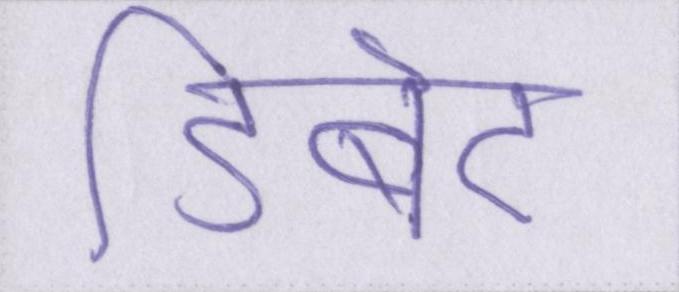
डिबेट